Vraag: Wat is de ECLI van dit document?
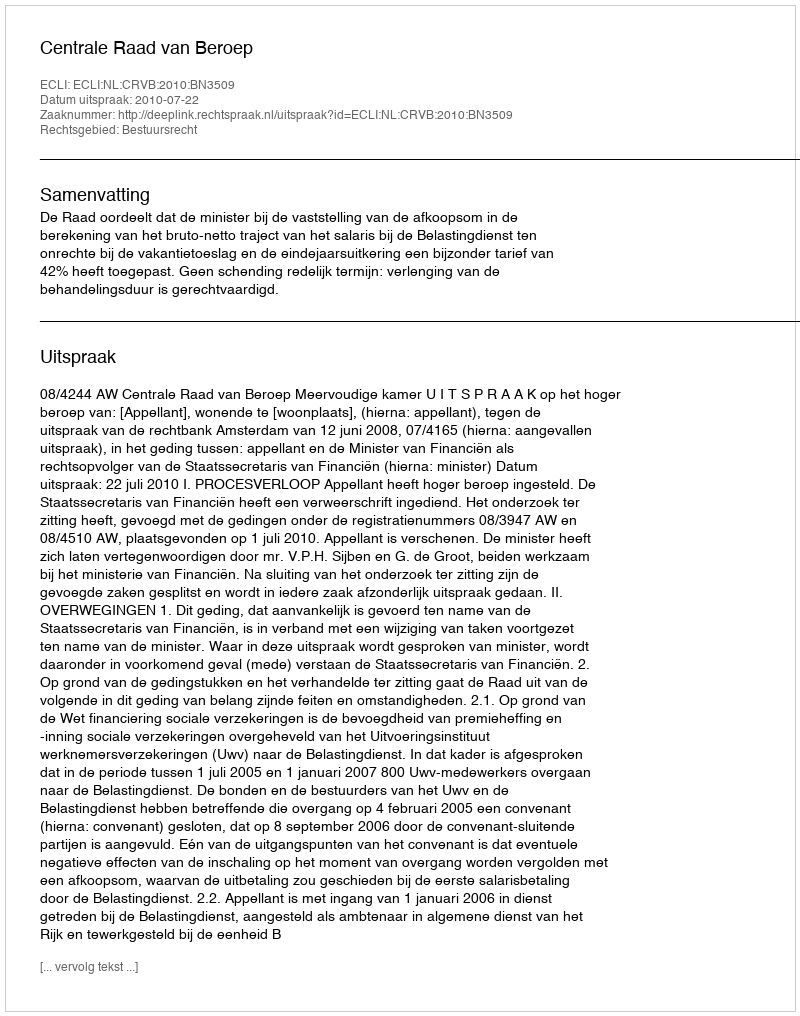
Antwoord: ECLI:NL:CRVB:2010:BN3509